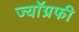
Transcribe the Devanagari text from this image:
ज्यॉग्रफी